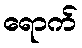
ရောက်